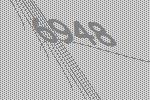
6948